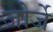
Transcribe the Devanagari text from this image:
जोर्जे